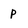
Character: p